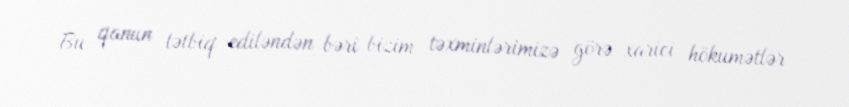
Bu qanun tətbiq ediləndən bəri bizim təxminlərimizə görə xarici hökumətlər